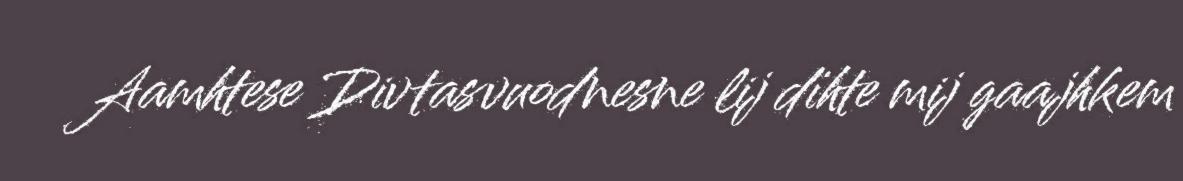
Aamhtese Divtasvuodnesne lij dïhte mij gaajhkem